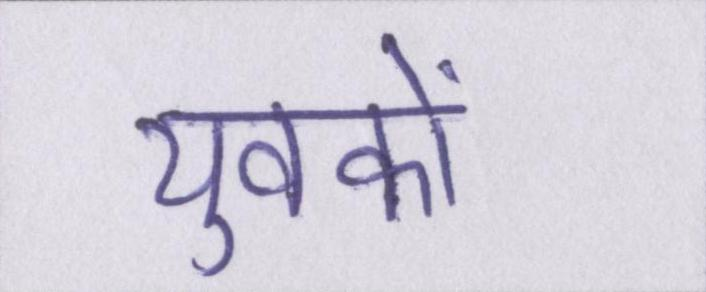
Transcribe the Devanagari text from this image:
युवकों